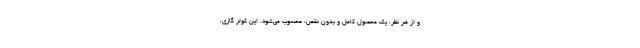
و از هر نظر، یک محصول کامل و بدون نقص، محسوب می‌شود. این کولر گازی،